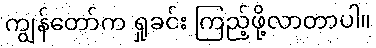
ကျွန်တော်က ရှုခင်း ကြည့်ဖို့လာတာပါ။